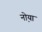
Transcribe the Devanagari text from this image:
नो़या